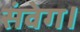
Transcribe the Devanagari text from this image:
संवेग।